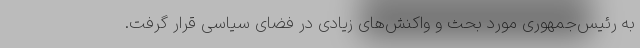
به رئیس‌جمهوری مورد بحث و واکنش‌های زیادی در فضای سیاسی قرار گرفت.